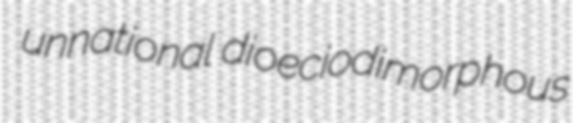
unnational dioeciodimorphous